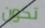
تكون